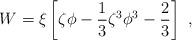
LaTeX: \begin{align*}W=\xi\left[\zeta\phi-{1\over 3}\zeta^3\phi^3-{2\over 3}\right]~,\end{align*}